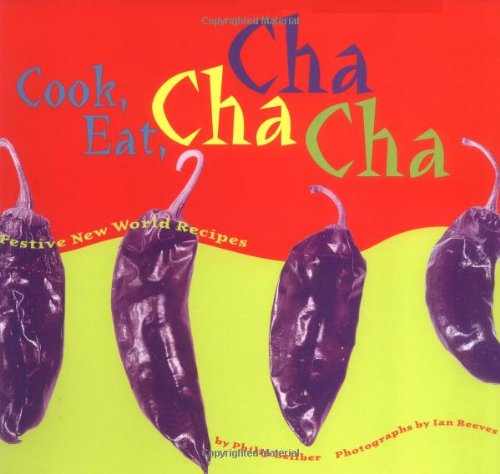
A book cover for Cook, Eat, Cha Cha Cha: Festive New World Recipes; Philip Bellber; Cookbooks, Food & Wine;